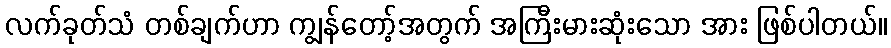
လက်ခုတ်သံ တစ်ချက်ဟာ ကျွန်တော့်အတွက် အကြီးမားဆုံးသော အား ဖြစ်ပါတယ်။